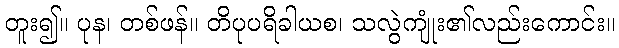
တူး၍။ ပုန၊ တစ်ဖန်။ တိပုပရိခါယစ၊ သလွဲကျုံး၏လည်းကောင်း။